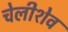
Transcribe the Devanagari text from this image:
चेलीशेव